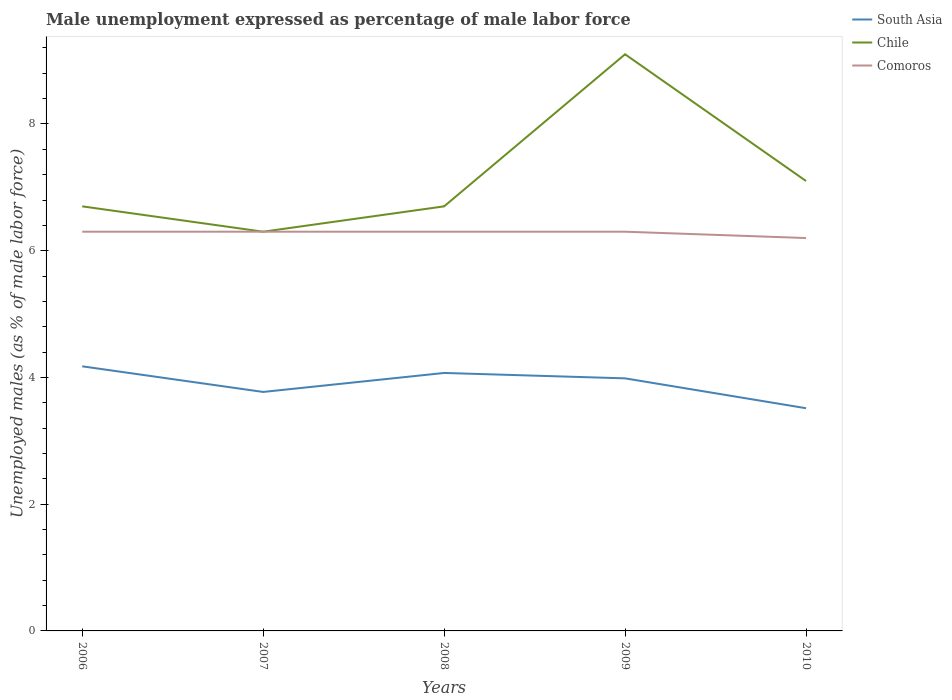
| Years | South Asia | Chile | Comoros |
 | --- | --- | --- | --- |
 | 2006 | 4.18 | 6.7 | 6.3 |
 | 2007 | 3.77 | 6.3 | 6.3 |
 | 2008 | 4.07 | 6.7 | 6.3 |
 | 2009 | 3.99 | 9.1 | 6.3 |
 | 2010 | 3.51 | 7.1 | 6.2 |